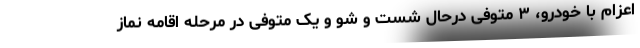
اعزام با خودرو، ۳ متوفی درحال شست و شو و یک متوفی در مرحله اقامه نماز